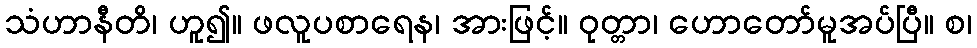
သံဟာနီတိ၊ ဟူ၍။ ဖလူပစာရေန၊ အားဖြင့်။ ဝုတ္တာ၊ ဟောတော်မူအပ်ပြီ။ စ၊